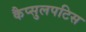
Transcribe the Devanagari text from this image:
कैप्सुलपटिस